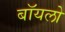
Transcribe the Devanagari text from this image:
बॉयलो